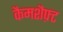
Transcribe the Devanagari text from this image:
कैमशैफ़्ट